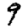
Digit: 9